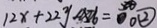
1 2 x + 2 2 y = 0 \textcircled { 2 }